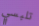
تلبسي